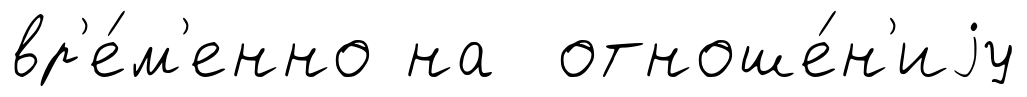
вр'е́м'енно на отноше́н'иjу